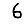
Digit: 6